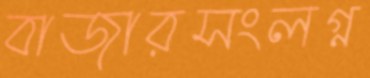
বাজারসংলগ্ন